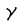
Character: y